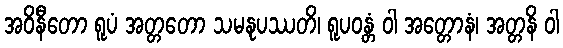
အဝိနီတော ရူပံ အတ္တတော သမနုပဿတိ၊ ရူပဝန္တံ ဝါ အတ္တောနံ၊ အတ္တနိ ဝါ